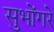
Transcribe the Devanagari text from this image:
सुभोंगरे